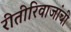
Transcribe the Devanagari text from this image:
रीतीरिवाजांची